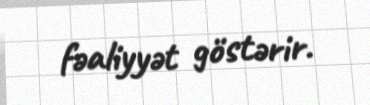
fəaliyyət göstərir.